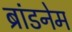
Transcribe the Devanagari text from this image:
ब्रांडनेम